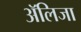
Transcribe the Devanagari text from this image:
अॅलिजा